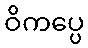
ဝိကပ္ပေ